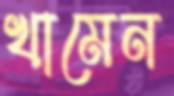
খামেন